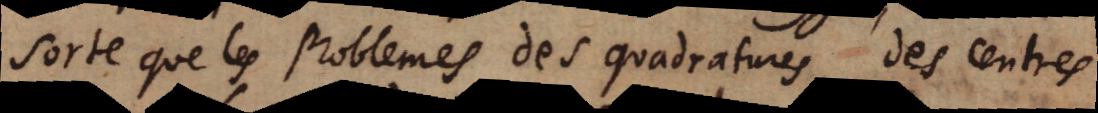
sorte que les problemes des quadratures, des centres